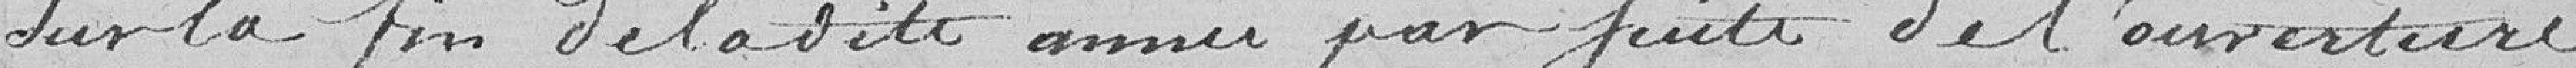
sur la fin de la dite année par suite de l'ouverture